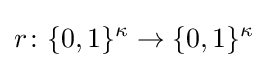
r\colon \{0,1\}^{\kappa }\to \{0,1\}^{\kappa }